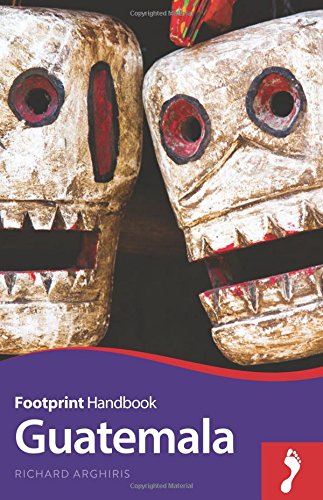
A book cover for Guatemala Handbook (Footprint - Handbooks); Richard Arghiris; Travel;